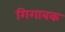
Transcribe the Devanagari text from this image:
गिगाबक